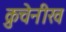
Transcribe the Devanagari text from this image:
क्रुचेनीख